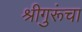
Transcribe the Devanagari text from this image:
श्रीगुरूंचा